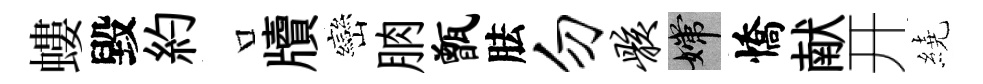
螻毀約口牘巒朒甑胠勿骸嫦憍献开繞